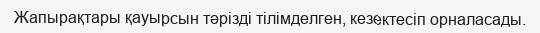
Жапырақтары қауырсын тәрізді тілімделген, кезектесіп орналасады.